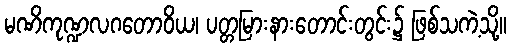
မဏိကုဏ္ဍလဂတောဝိယ၊ ပတ္တမြားနားတောင်းတွင်း၌ ဖြစ်သကဲ့သို့။